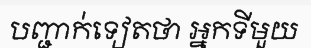
បញ្ជាក់ទៀតថា អ្នកទីមួយ